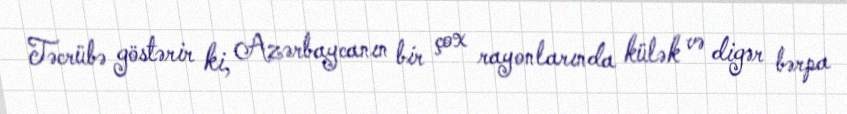
Təcrübə göstərir ki, Azərbaycanın bir çox rayonlarında külək və digər bərpa